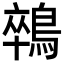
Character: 𪁽